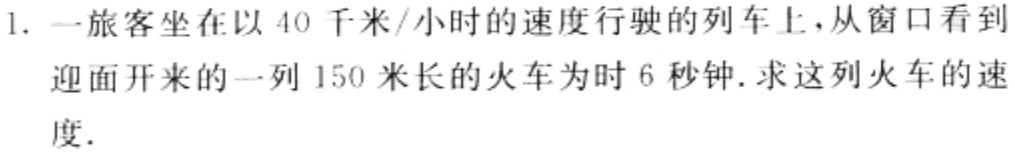
1. 一旅客坐在以 40 千米/小时的速度行驶的列车上，从窗口看到迎面开来的一列 150 米长的火车为时 6 秒钟.求这列火车的速度.